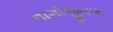
નાગોજીરામ